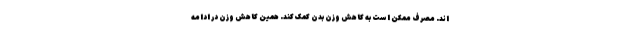
اند. مصرف ممکن است به کاهش وزن بدن کمک کند. همین کاهش وزن در ادامه